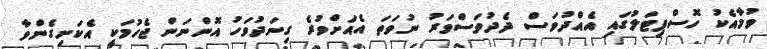
ވުމާއެކު ހޮސްޕިޓަލުގައި އެއްދުވަސް ދެދުވަސްވަރު ނުވަތަ އެއަށްވުރެ ގިނަދުވަހު އޮންނަން ޖެހުމަކީ އެކަށިގެންވާ